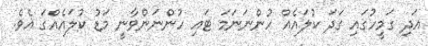
އަދި ގަމީހުގައި ގަދަ ކުލައެއް ހުންނަނަމަ ޓައި ހުންނަންވާނީ މަޑު ކުލައެއްގަ އެވެ.